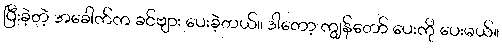
ပြီးခဲ့တဲ့ အခေါက်က ခင်ဗျား ပေးခဲ့တယ်။ ဒါတော့ ကျွန်တော် ပေးကို ပေးမယ်။